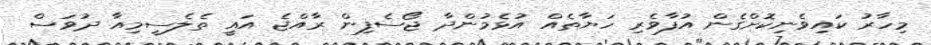
މިހާރު ކައިވެނިކޮށްގެން އުފާވެރި ހަޔާތެއް އުޅެމުންދާ ޖޯސެފިން ރާއްޖެ އައީ ތެލެސީމިއާ ދުވަސް